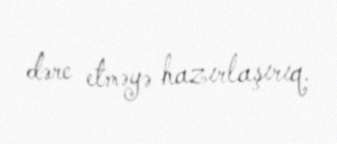
dərc etməyə hazırlaşırıq.